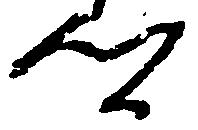
郷